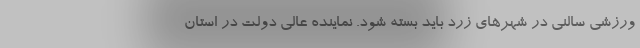
ورزشی سالنی در شهرهای زرد باید بسته شود. نماینده عالی دولت در استان